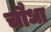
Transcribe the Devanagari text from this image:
चौधा